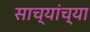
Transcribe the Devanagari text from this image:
साच्यांच्या